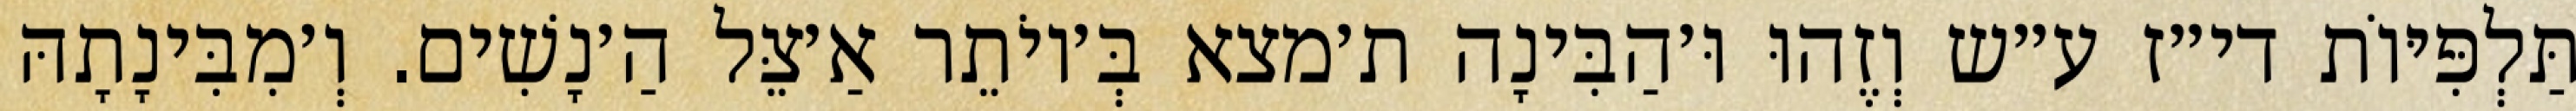
תַּלְפִּיּוֹת די״ז ע״ש וְזֶהוּ וּ׳הַבִּינָה ת׳מצא בְּ׳יוֹתֵר אַ׳צֵּל הַ׳נָשִׁים. וְ׳מִבִּינָתָהּ